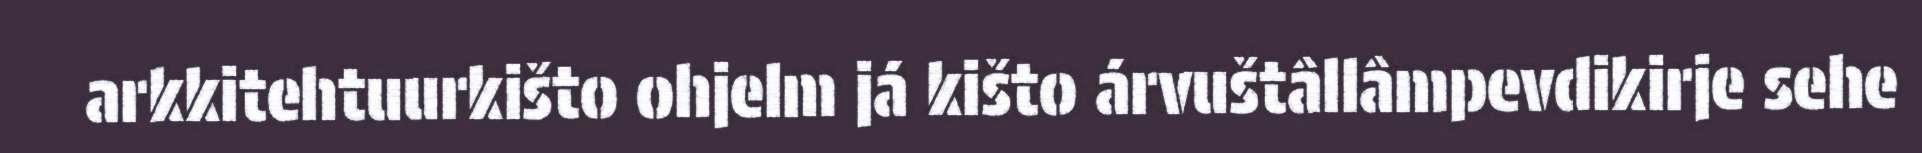
arkkitehtuurkišto ohjelm já kišto árvuštâllâmpevdikirje sehe